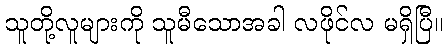
သူတို့လူများကို သူမီသောအခါ လဖိုင်လ မရှိပြီ။